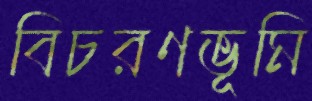
বিচরণভূমি